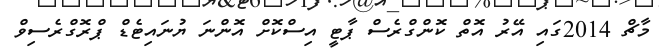
މާޗް 2014ގައި އޭރު އޮތް ކޮންގްރެސް ޕާޓީ އިސްކޮށް އޮންނަ ޔުނައިޓެޑް ޕްރޮގްރެސިވް